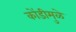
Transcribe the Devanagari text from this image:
कोंडीमुळे